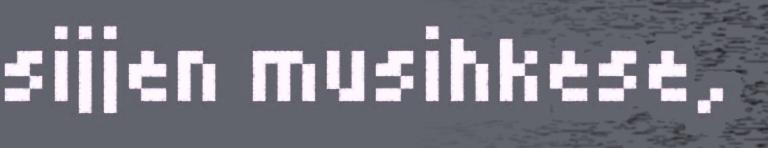
sijjen musihkese,